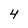
Character: 4